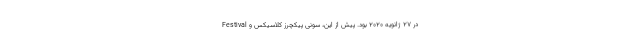
Festival در ۲۷ ژانویه ۲۰۲۰ بود. پیش از این، سونی پیکچرز کلاسیکس و